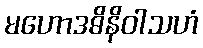
မဟောဒဓိနိဝါသဟံ